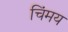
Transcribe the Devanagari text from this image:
चिंमय